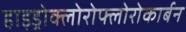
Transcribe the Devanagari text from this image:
हाइड्रोक्लोरोफ्लोरोकार्बन